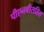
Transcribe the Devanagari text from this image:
पीएनबीसहित